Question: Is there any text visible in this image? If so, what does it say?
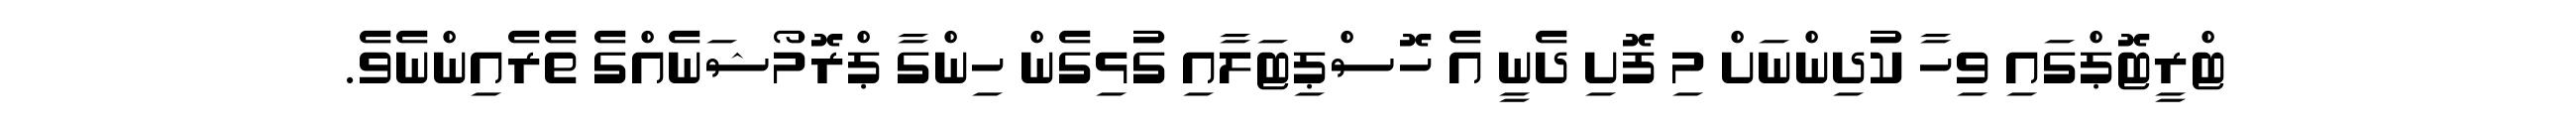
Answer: ޓްރީޓޮޕްގައި ވިހާ ކުދިންނަށް މި ފޮށި ދެނީ އެ ހޮސްޕިޓަލާއި ގުޅިގެން ހިންގާ ޕްރޮމޯޝަނެއްގެ ތެރެއިންނެވެ.